Vaccination North-Western Provinces 1866-1877 - 1866-1877
Year: 1866
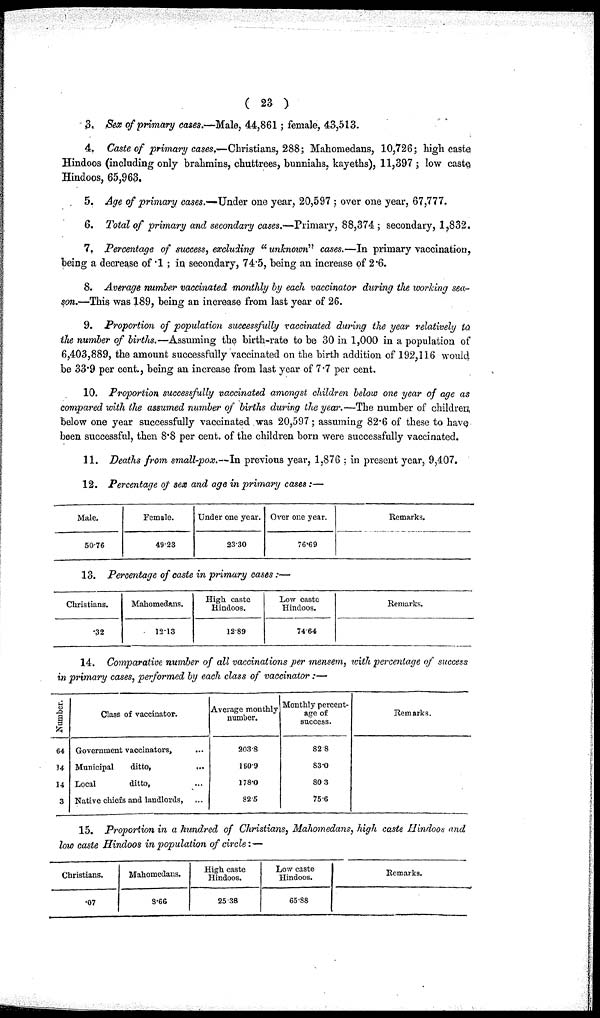
( 23 )
3. Sex of primary cases.—Male, 44,861; female, 43,513.
4. Caste of primary cases.—Christians, 288; Mahomedans, 10,726; high caste;
Hindoos (including only brahmins, chuttrees, bunniahs, kayeths), 11,397 ; low caste.
Hindoos, 65,963.
5. Age of primary cases.—Under one year, 20,597 ; over one year, 67,777.
6. Total of primary and secondary cases.—Primary, 88,374 ; secondary, 1,832.
7. Percentage of success, excluding "unknown" cases.—In primary vaccination,
being a decrease of .1 ; in secondary, 74.5, being an increase of 2.6.
8. Average number vaccinated monthly by each vaccinator during the working sea-
son.—This was 189, being an increase from last year of 26.
9. Proportion of population successfully vaccinated during the year relatively to
the number of births.—Assuming the birth-rate to be 30 in 1,000 in a population of
6,403,889, the amount successfully vaccinated on the birth addition of 192,116 would
be 33.9 per cent., being an increase from last year of 7.7 per cent.
10. Proportion successfully vaccinated amongst children below one year of age as
compared with the assumed number of births during the year.—The number of children,
below one year successfully vaccinated was 20,597; assuming 82.6 of these to have.
been successful, then 8.8 per cent. of the children born were successfully vaccinated.
11. Deaths from small-pox.—In previous year, 1,876 ; in present year, 9,407.
12. Percentage of sex and age in primary cases:—
Male.
5076
Female.
49.23
Under one year.
23.30
Over one year.
76.69
Remarks.
13. Percentage of caste in primary cases:—
Christians.
.32
Mahomedans.
12.13
High caste
Hindoos.
12.89
Low caste
Hindoos.
7464
Remarks.
14. Comparative number of all vaccinations per mensem, with percentage of success
in primary cases, performed by each class of vaccinator:—
Number.
64
14
14
3
Class of vaccinator.
Government vaccinators,
...
Municipal
ditto,
...
Local
ditto,
...
Native chiefs and landlords, ...
Average monthly
number.
203.8
160.9
178.0
82.5
Monthly percent-
age of
success.
82 8
83.0
803
756
Remarks.
15. Proportion in a hundred of Christians, Mahomedans, high caste Hindoos and
low caste Hindoos in population of circle:—
Christians.
07
Mahomedans.
3.66
High caste
Hindoos.
25.38
Low caste
Hindoos.
65.88
Remarks.